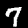
Label: 7